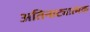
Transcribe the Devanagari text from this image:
अतिनाट्यात्मक